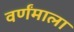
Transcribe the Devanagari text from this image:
वर्णंमाला